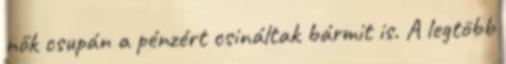
nők csupán a pénzért csináltak bármit is. A legtöbb